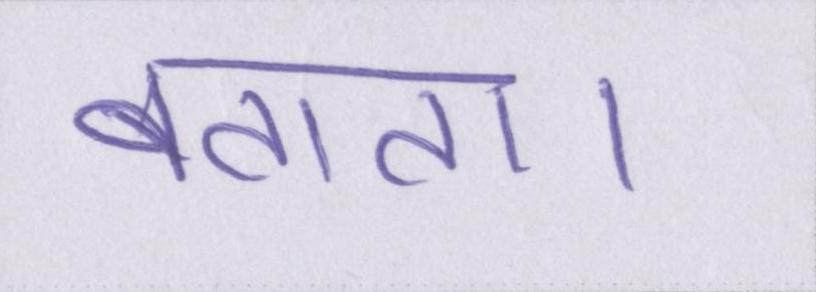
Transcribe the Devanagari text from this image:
बताता।